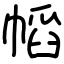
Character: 幍